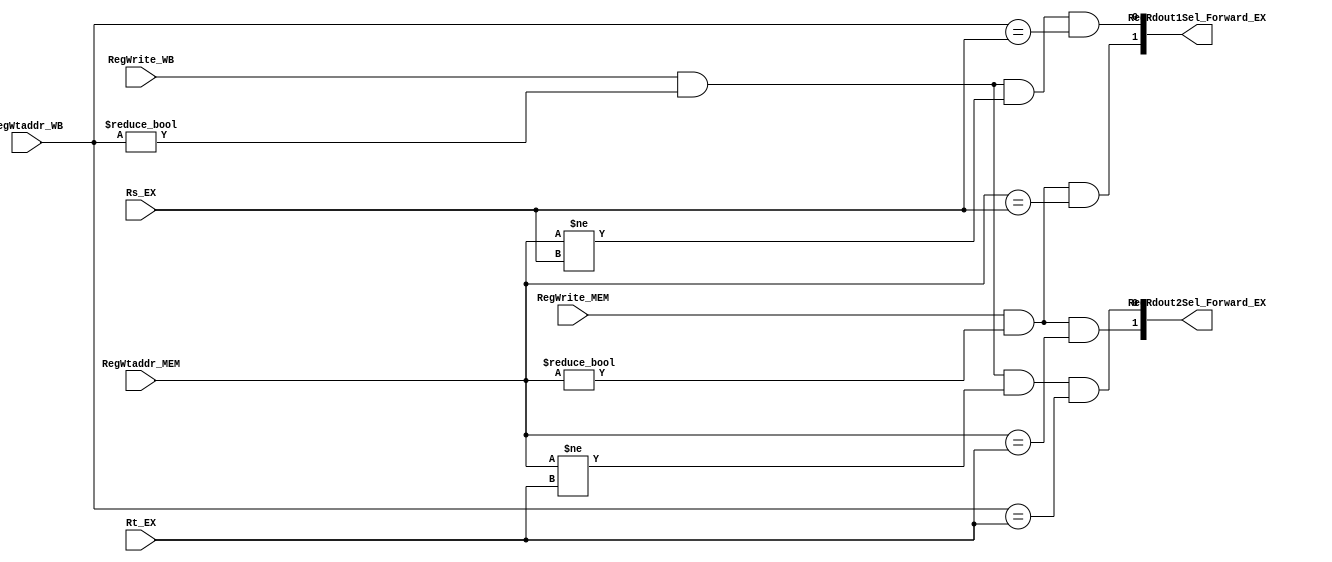
`timescale 1ns / 1ps
module forward(
	 input [4:0] Rs_EX,
	 input [4:0] Rt_EX,
    input RegWrite_MEM,
	 input RegWrite_WB,
    input [4:0] RegWtaddr_MEM,
	 input [4:0] RegWtaddr_WB,
	 output reg [1:0] RegRdout1Sel_Forward_EX,
	 output reg [1:0] RegRdout2Sel_Forward_EX
    );
	always @(*) begin
		RegRdout1Sel_Forward_EX[0] = RegWrite_WB && (RegWtaddr_WB != 0) && (RegWtaddr_MEM != Rs_EX) && (RegWtaddr_WB == Rs_EX);
		RegRdout1Sel_Forward_EX[1] = RegWrite_MEM && (RegWtaddr_MEM != 0) && (RegWtaddr_MEM == Rs_EX);
		RegRdout2Sel_Forward_EX[0] = RegWrite_WB && (RegWtaddr_WB != 0) && (RegWtaddr_MEM != Rt_EX) && (RegWtaddr_WB == Rt_EX);
		RegRdout2Sel_Forward_EX[1] = RegWrite_MEM && (RegWtaddr_MEM != 0) && (RegWtaddr_MEM == Rt_EX);	
	end
endmodule